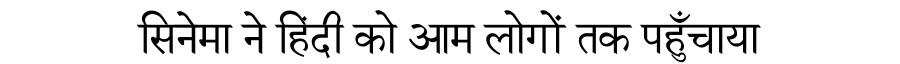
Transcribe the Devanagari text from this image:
सिनेमा ने हिंदी को आम लोगों तक पहुँचाया